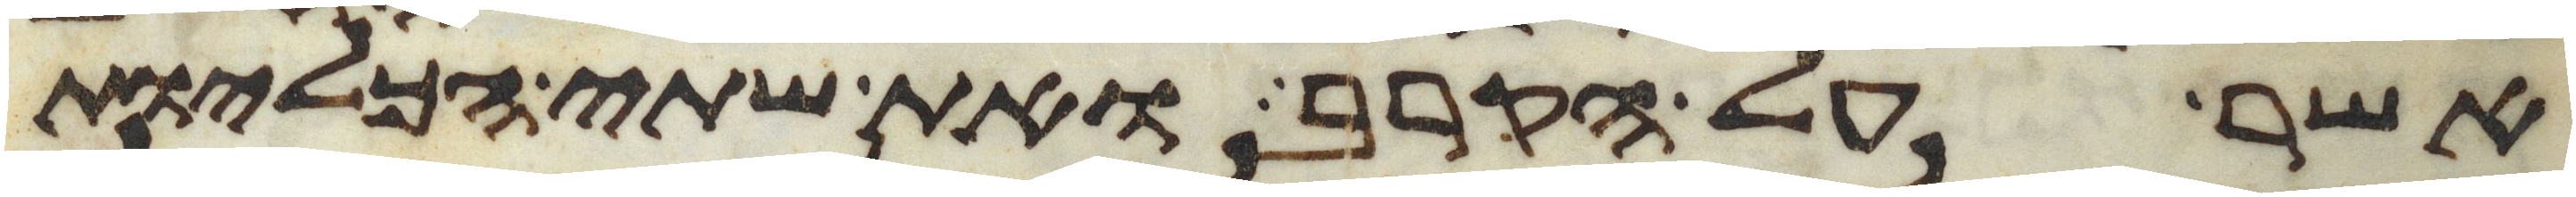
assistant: אשר על הקרב ואת שתי הכליות